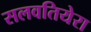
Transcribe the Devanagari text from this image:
सलवतियेरा